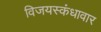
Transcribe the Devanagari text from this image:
विजयस्कंधावार